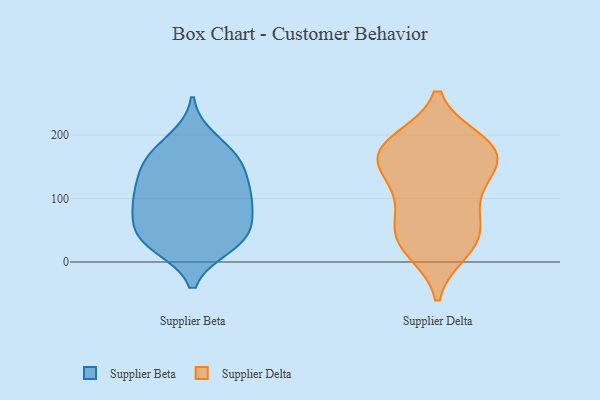
{"axis": {"x": "Temperature (°C)", "y": "Value"}, "legend": ["Supplier Beta", "Supplier Delta"], "data": [{"x": "", "y": 162, "type": "Supplier Beta"}, {"x": "", "y": 118, "type": "Supplier Beta"}, {"x": "", "y": 155, "type": "Supplier Beta"}, {"x": "", "y": 114, "type": "Supplier Beta"}, {"x": "", "y": 29, "type": "Supplier Beta"}, {"x": "", "y": 89, "type": "Supplier Beta"}, {"x": "", "y": 48, "type": "Supplier Beta"}, {"x": "", "y": 43, "type": "Supplier Beta"}, {"x": "", "y": 146, "type": "Supplier Beta"}, {"x": "", "y": 193, "type": "Supplier Beta"}, {"x": "", "y": 69, "type": "Supplier Beta"}, {"x": "", "y": 99, "type": "Supplier Beta"}, {"x": "", "y": 170, "type": "Supplier Beta"}, {"x": "", "y": 35, "type": "Supplier Beta"}, {"x": "", "y": 26, "type": "Supplier Beta"}, {"x": "", "y": 92, "type": "Supplier Beta"}, {"x": "", "y": 180, "type": "Supplier Delta"}, {"x": "", "y": 19, "type": "Supplier Delta"}, {"x": "", "y": 140, "type": "Supplier Delta"}, {"x": "", "y": 185, "type": "Supplier Delta"}, {"x": "", "y": 167, "type": "Supplier Delta"}, {"x": "", "y": 77, "type": "Supplier Delta"}, {"x": "", "y": 157, "type": "Supplier Delta"}, {"x": "", "y": 126, "type": "Supplier Delta"}, {"x": "", "y": 93, "type": "Supplier Delta"}, {"x": "", "y": 189, "type": "Supplier Delta"}, {"x": "", "y": 42, "type": "Supplier Delta"}, {"x": "", "y": 175, "type": "Supplier Delta"}, {"x": "", "y": 37, "type": "Supplier Delta"}, {"x": "", "y": 33, "type": "Supplier Delta"}]}